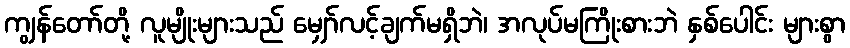
ကျွန်တော်တို့ လူမျိုးများသည် မျှော်လင့်ချက်မရှိဘဲ၊ အလုပ်မကြိုးစားဘဲ နှစ်ပေါင်း များစွာ